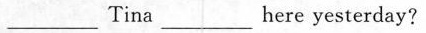
\underline Tina \underline here yesterday?